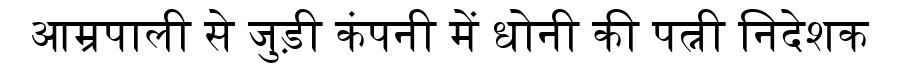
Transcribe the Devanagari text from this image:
आम्रपाली से जुड़ी कंपनी में धोनी की पत्नी निदेशक